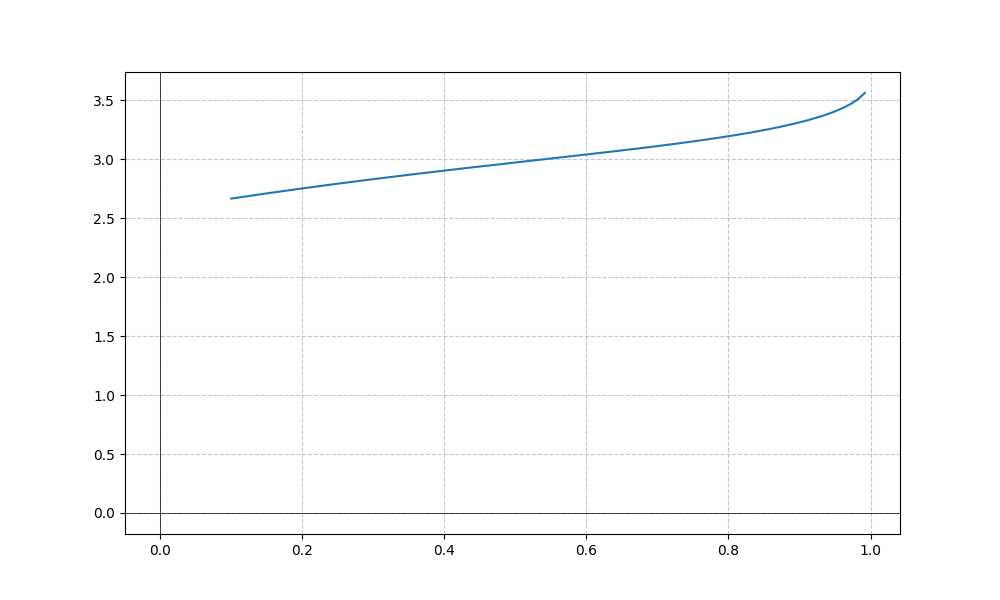
LaTeX formula: \cos{\left(x \right)} + \operatorname{acos}{\left(- x \right)}